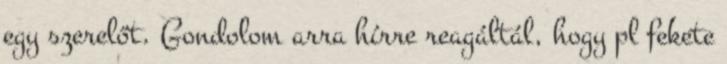
egy szerelőt. Gondolom arra hírre reagáltál, hogy pl fekete